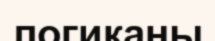
логиканы